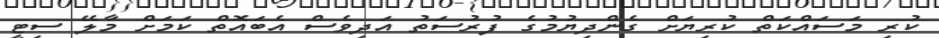
ކުރި މަސައްކަތް ކުރިޔަށް ގެންދިޔުމުގެ ފުރުސަތު އަދިވެސް އެބައޮތް ކަމަށް މާލޭ ސިޓީ